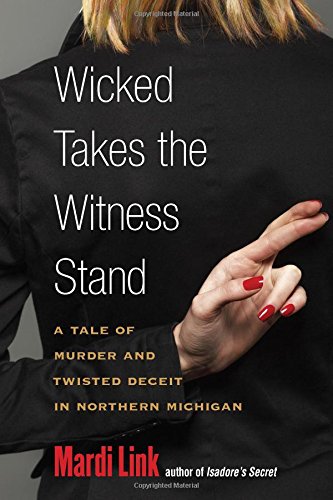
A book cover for Wicked Takes the Witness Stand: A Tale of Murder and Twisted Deceit in Northern Michigan; Mardi Link; Biographies & Memoirs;